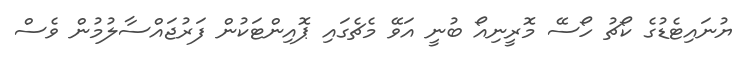
ޔުނައިޓެޑުގެ ކޯޗު ހޯސޭ މޮރީނިއޯ ބުނީ އަވޭ މެޗެގައި ޕޮއިންޓަކުން ފަރުޖައްސާލުމުން ވެސް